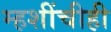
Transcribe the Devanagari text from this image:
म्हशींचीही